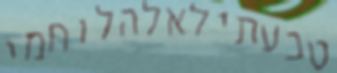
טבעתילאלהלוחמי